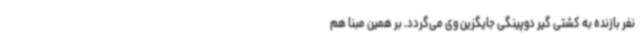
نفر بازنده به کشتی گیر دوپینگی جایگزین وی می‌گردد. بر همین مبنا هم